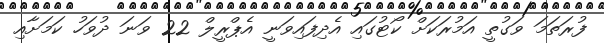
ފުރަތަމަ ވަގުތީ އަމުރަކަށް ކޯޓުގައި އެދިފައިވަނީ އެޕްރީލް 22 ވަނަ ދުވަހު ކަމަށާއި